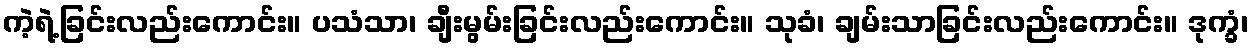
ကဲ့ရဲ့ခြင်းလည်းကောင်း။ ပသံသာ၊ ချီးမွမ်းခြင်းလည်းကောင်း။ သုခံ၊ ချမ်းသာခြင်းလည်းကောင်း။ ဒုက္ခံ၊